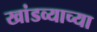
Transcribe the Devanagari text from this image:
खांडव्याच्या